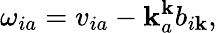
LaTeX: \omega_{ia}=v_{ia}-\mathbf{k}_{a}^{\mathbf{k}}b_{i\mathbf{k}},